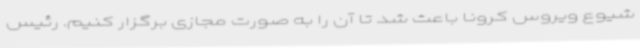
شیوع ویروس کرونا باعث شد تا آن را به‌ صورت مجازی برگزار کنیم. رئیس